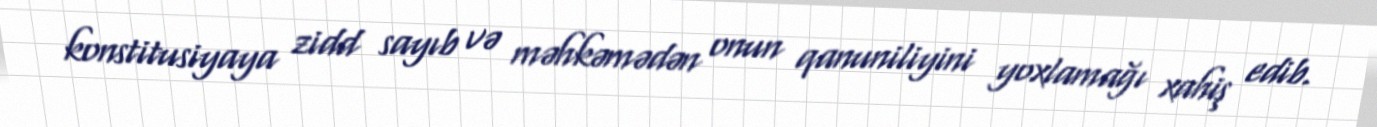
konstitusiyaya zidd sayıb və məhkəmədən onun qanuniliyini yoxlamağı xahiş edib.